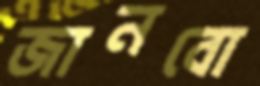
জানবো